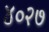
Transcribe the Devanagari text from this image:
४०२७